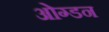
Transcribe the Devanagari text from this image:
ओग्डन